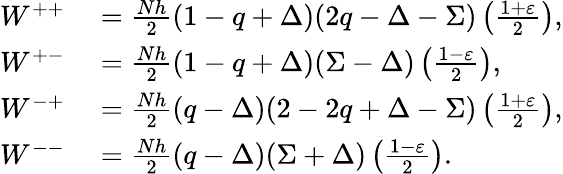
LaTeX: \begin{array}{rl}{W^{++}}&{{}=\frac{Nh}{2}\left(1-q+\Delta\right)(2q-\Delta-\Sigma)\left(\frac{1+\varepsilon}{2}\right),}\\ {W^{+-}}&{{}=\frac{Nh}{2}\left(1-q+\Delta\right)(\Sigma-\Delta)\left(\frac{1-\varepsilon}{2}\right),}\\ {W^{-+}}&{{}=\frac{Nh}{2}\left(q-\Delta\right)(2-2q+\Delta-\Sigma)\left(\frac{1+\varepsilon}{2}\right),}\\ {W^{--}}&{{}=\frac{Nh}{2}\left(q-\Delta\right)(\Sigma+\Delta)\left(\frac{1-\varepsilon}{2}\right).}\end{array}